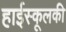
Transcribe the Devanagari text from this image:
हाईस्कूलकी